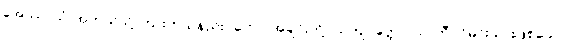
အေဿာသုံ၊ အဘယ်သို့ ကြားကုသနည်း။ ဘော၊ အချင်းတို့။ သကျပုတ္တော၊ သာကီဝင်မင်းသားဖြစ်သော။